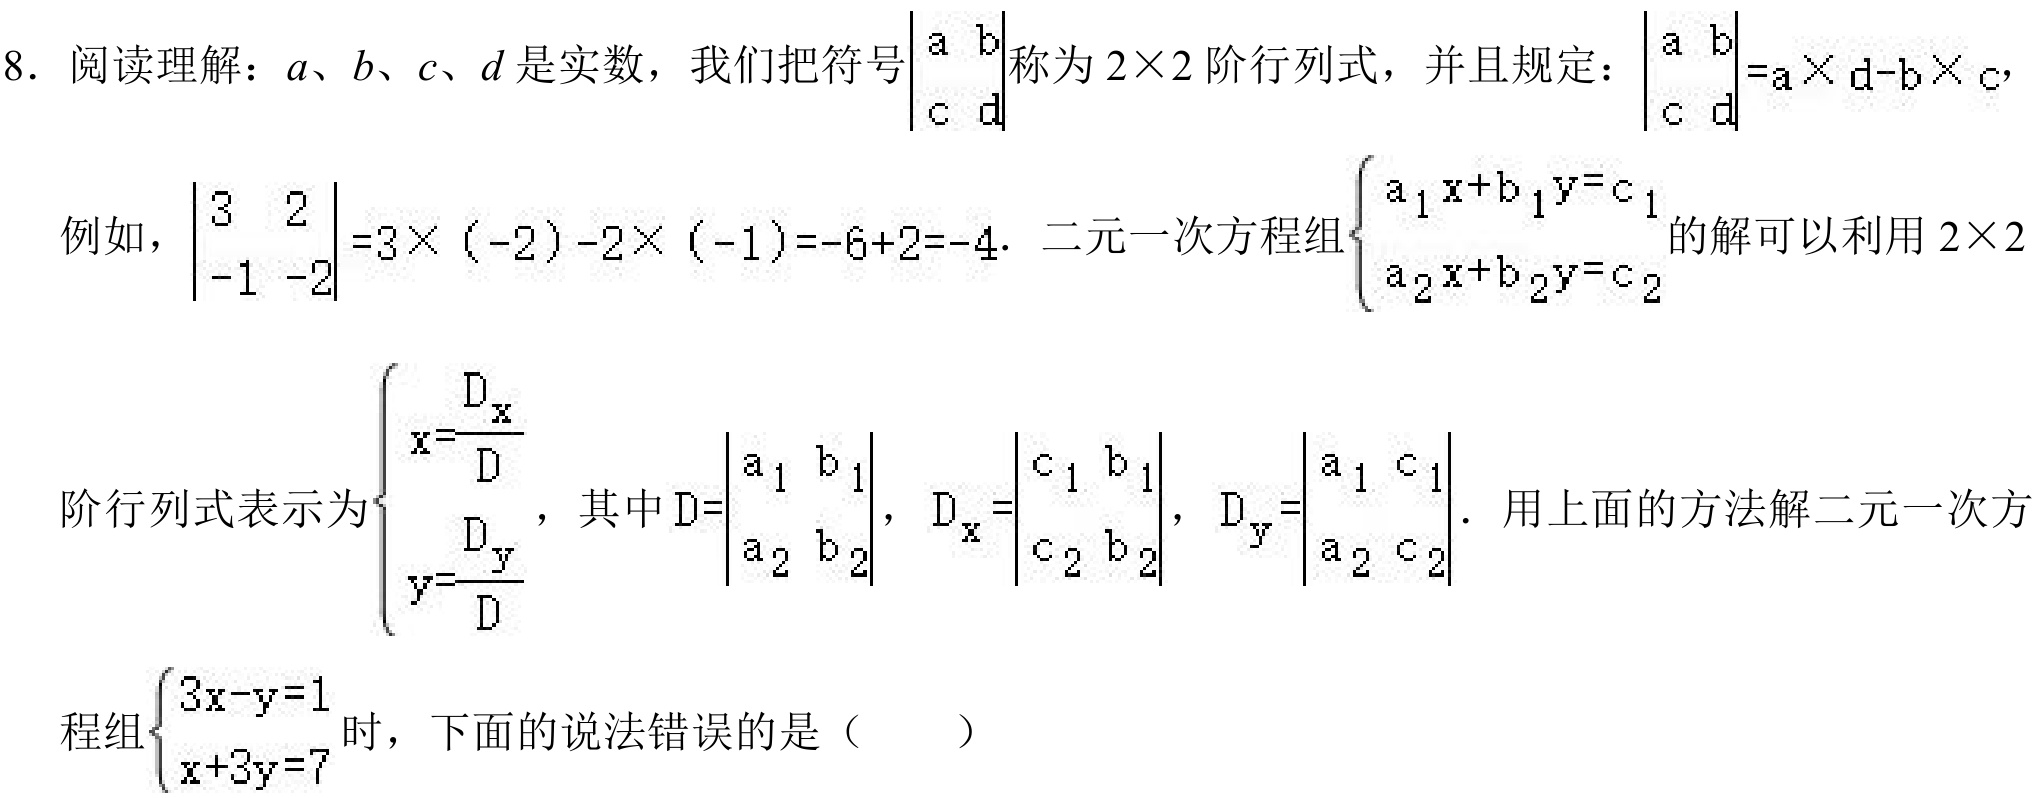
8. 阅读理解：\(a\)、\(b\)、\(c\)、\(d\) 是实数，我们把符号\(\begin{vmatrix}a&b\\c&d\end{vmatrix}\)称为 \(2\times2\) 阶行列式，并且规定：\(\begin{vmatrix}a&b\\c&d\end{vmatrix}=a\times d - b\times c\)，
例如，\(\begin{vmatrix}3&2\\-1&-2\end{vmatrix}=3\times(-2)-2\times(-1)=-6 + 2=-4\). 二元一次方程组\(\begin{cases}a_1x + b_1y = c_1\\a_2x + b_2y = c_2\end{cases}\)的解可以利用 \(2\times2\)
阶行列式表示为\(\begin{cases}x=\frac{D_x}{D}\\y=\frac{D_y}{D}\end{cases}\)，其中\(D=\begin{vmatrix}a_1&b_1\\a_2&b_2\end{vmatrix}\)，\(D_x=\begin{vmatrix}c_1&b_1\\c_2&b_2\end{vmatrix}\)，\(D_y=\begin{vmatrix}a_1&c_1\\a_2&c_2\end{vmatrix}\). 用上面的方法解二元一次方程组\(\begin{cases}3x - y = 1\\x + 3y = 7\end{cases}\)时，下面的说法错误的是（  ）